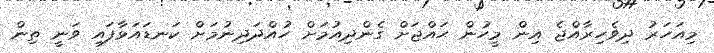
މިއަހަރު ދިވެހިރާއްޖެ އިން މީހުން ޙައްޖަށް ގެންދިއުމަށް ހުއްދަދިނުމަށް ކަނޑައަޅާފައި ވަނީ ތިން